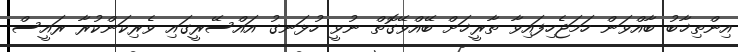
އިންތިޚާބު ބާއްވަން ހަމަޖެހިފައިވާ ތާރީޚަށް ބޭއްވޭގޮތް ނުވީ ހުޅަނގު އައްސޭރީގައި ވެރިކަންކުރާ ރައީސް